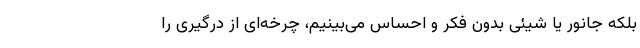
بلکه جانور یا شیئی بدون فکر و احساس می‌بینیم، چرخه‌ای از درگیری را